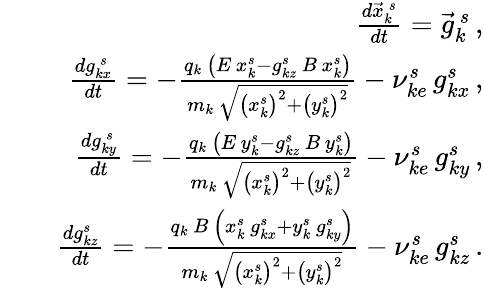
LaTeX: \begin{array}{rlr}&{}&{\frac{d\vec{x}_{k}^{\, s}}{dt}=\vec{g}_{k}^{\, s}\, ,}\\ &{}&{\frac{dg_{kx}^{\, s}}{dt}=-\frac{q_{k}\, \left(E\, x_{k}^{s}-g_{kz}^{s}\, B\, x_{k}^{s}\right)}{m_{k}\, \sqrt{\left(x_{k}^{s}\right)^{2}+\left(y_{k}^{s}\right)^{2}}}-\nu_{ke}^{s}\, g_{kx}^{s}\, ,}\\ &{}&{\frac{dg_{ky}^{\, s}}{dt}=-\frac{q_{k}\, \left(E\, y_{k}^{s}-g_{kz}^{s}\, B\, y_{k}^{s}\right)}{m_{k}\, \sqrt{\left(x_{k}^{s}\right)^{2}+\left(y_{k}^{s}\right)^{2}}}-\nu_{ke}^{s}\, g_{ky}^{s}\, ,}\\ &{}&{\frac{dg_{kz}^{s}}{dt}=-\frac{q_{k}\, B\, \left(x_{k}^{s}\, g_{kx}^{s}+y_{k}^{s}\, g_{ky}^{s}\right)}{m_{k}\, \sqrt{\left(x_{k}^{s}\right)^{2}+\left(y_{k}^{s}\right)^{2}}}-\nu_{ke}^{s}\, g_{kz}^{s}\, .}\end{array}